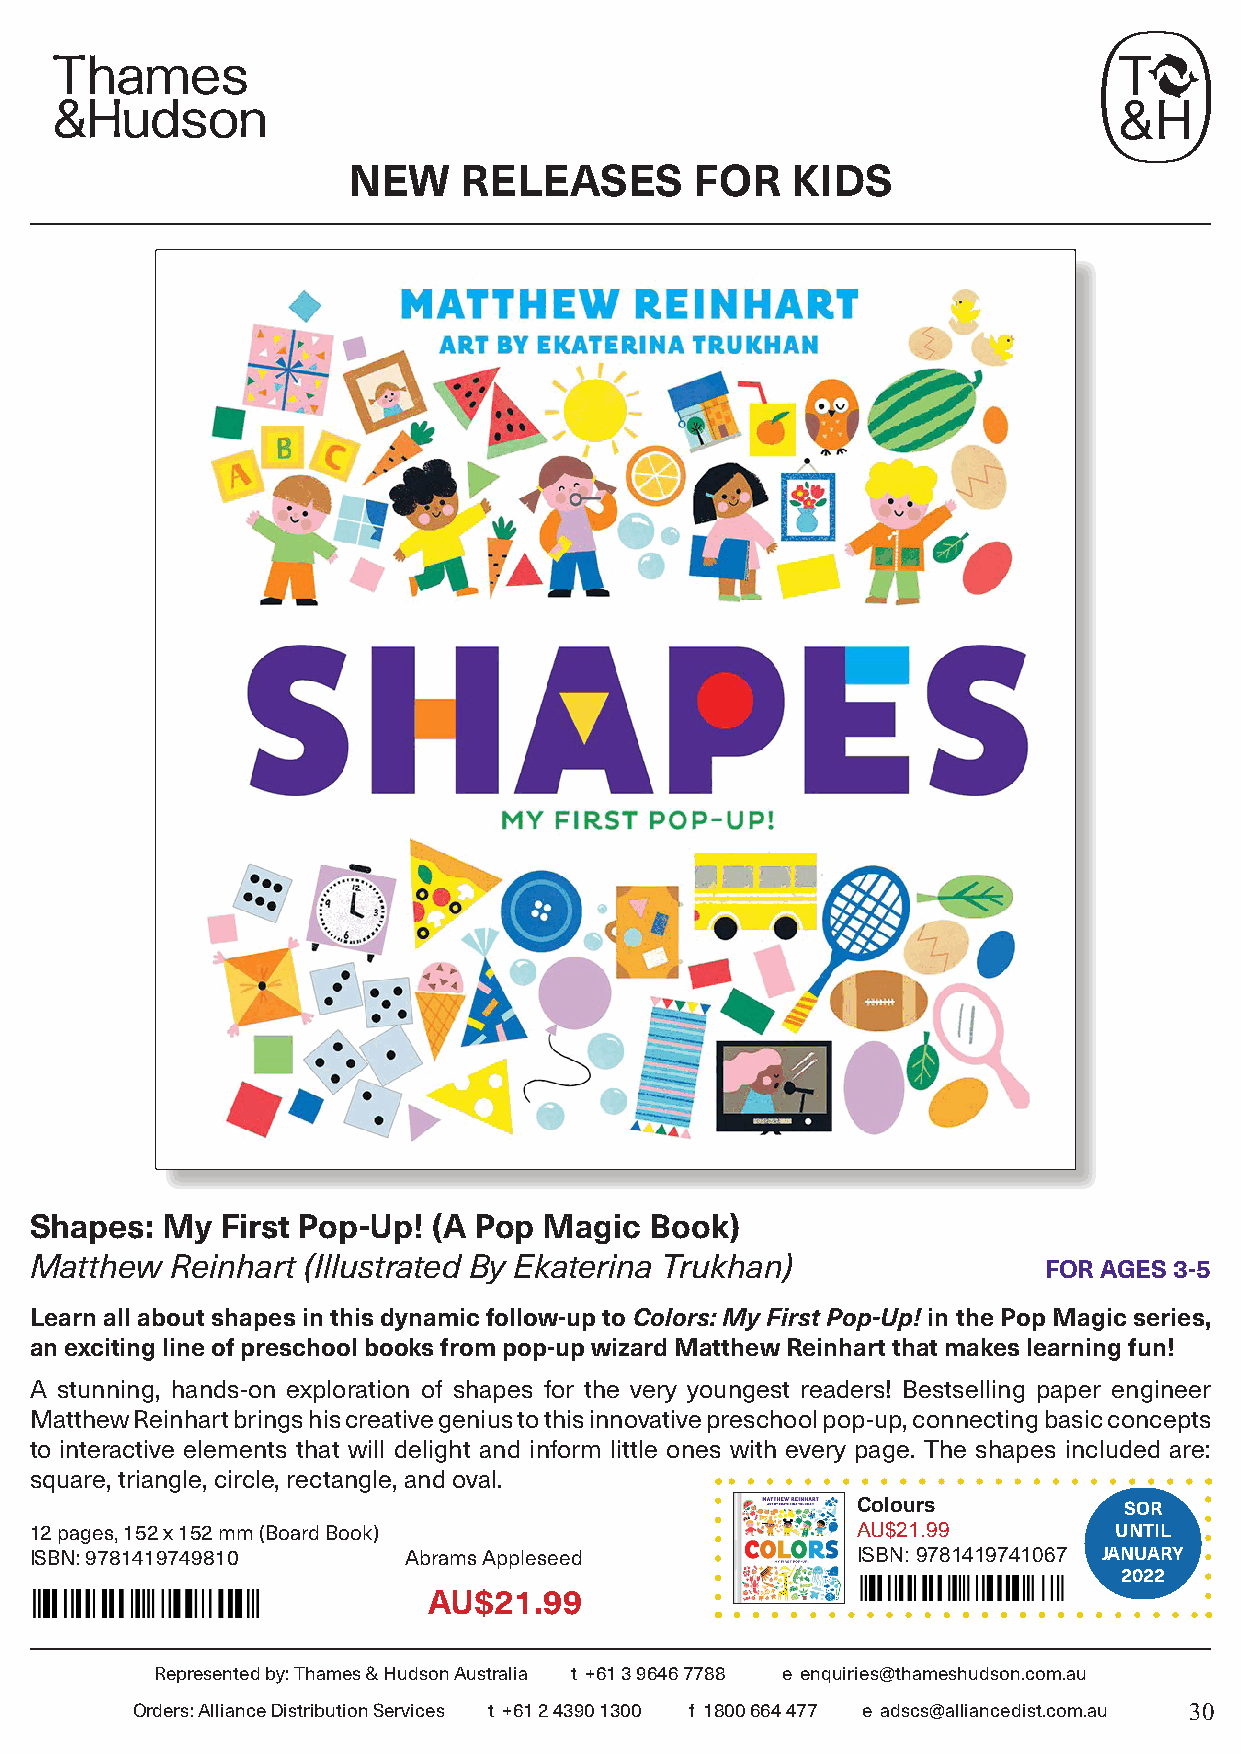
NEW     RELEASES       FOR   KIDS
 Shapes:  My  First Pop-Up! (A Pop Magic  Book)
 Matthew  Reinhart (Illustrated By Ekaterina Trukhan)               FOR AGES 3-5
 Learn all about shapes in this dynamic follow-up to Colors: My First Pop-Up! in the Pop Magic series,
 an exciting line of preschool books from pop-up wizard Matthew Reinhart that makes learning fun!
 A stunning, hands-on exploration of shapes for the very youngest readers! Bestselling paper engineer
 Matthew Reinhart brings his creative genius to this innovative preschool pop-up, connecting basic concepts
 to interactive elements that will delight and inform little ones with every page. The shapes included are:
 square, triangle, circle, rectangle, and oval.
 Colours          SOR
 12 pages, 152 x 152 mm (Board Book)                    AU$21.99         UNTIL
 ISBN: 9781419749810      Abrams Appleseed              ISBN: 9781419741067 JANUARY
 2022
 AU$21.99
 Represented by: Thames & Hudson Australia t +61 3 9646 7788 e enquiries@thameshudson.com.au
 Orders: Alliance Distribution Services t +61 2 4390 1300 f 1800 664 477 e adscs@alliancedist.com.au 30